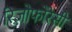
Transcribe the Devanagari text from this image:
रिज़ोफोरेसी